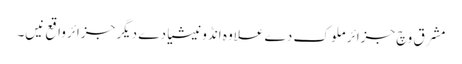
مشرق وچ جزائر ملوک دے علاوہ انڈونیشیا دے دیگر جزائرواقع نیں۔